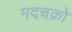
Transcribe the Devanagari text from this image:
मदचक्रो